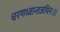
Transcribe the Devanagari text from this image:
चरणध्वान्तजथिनः।।